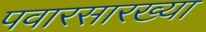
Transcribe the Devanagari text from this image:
पवारसारख्या